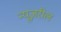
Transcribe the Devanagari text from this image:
न्यूज़रील